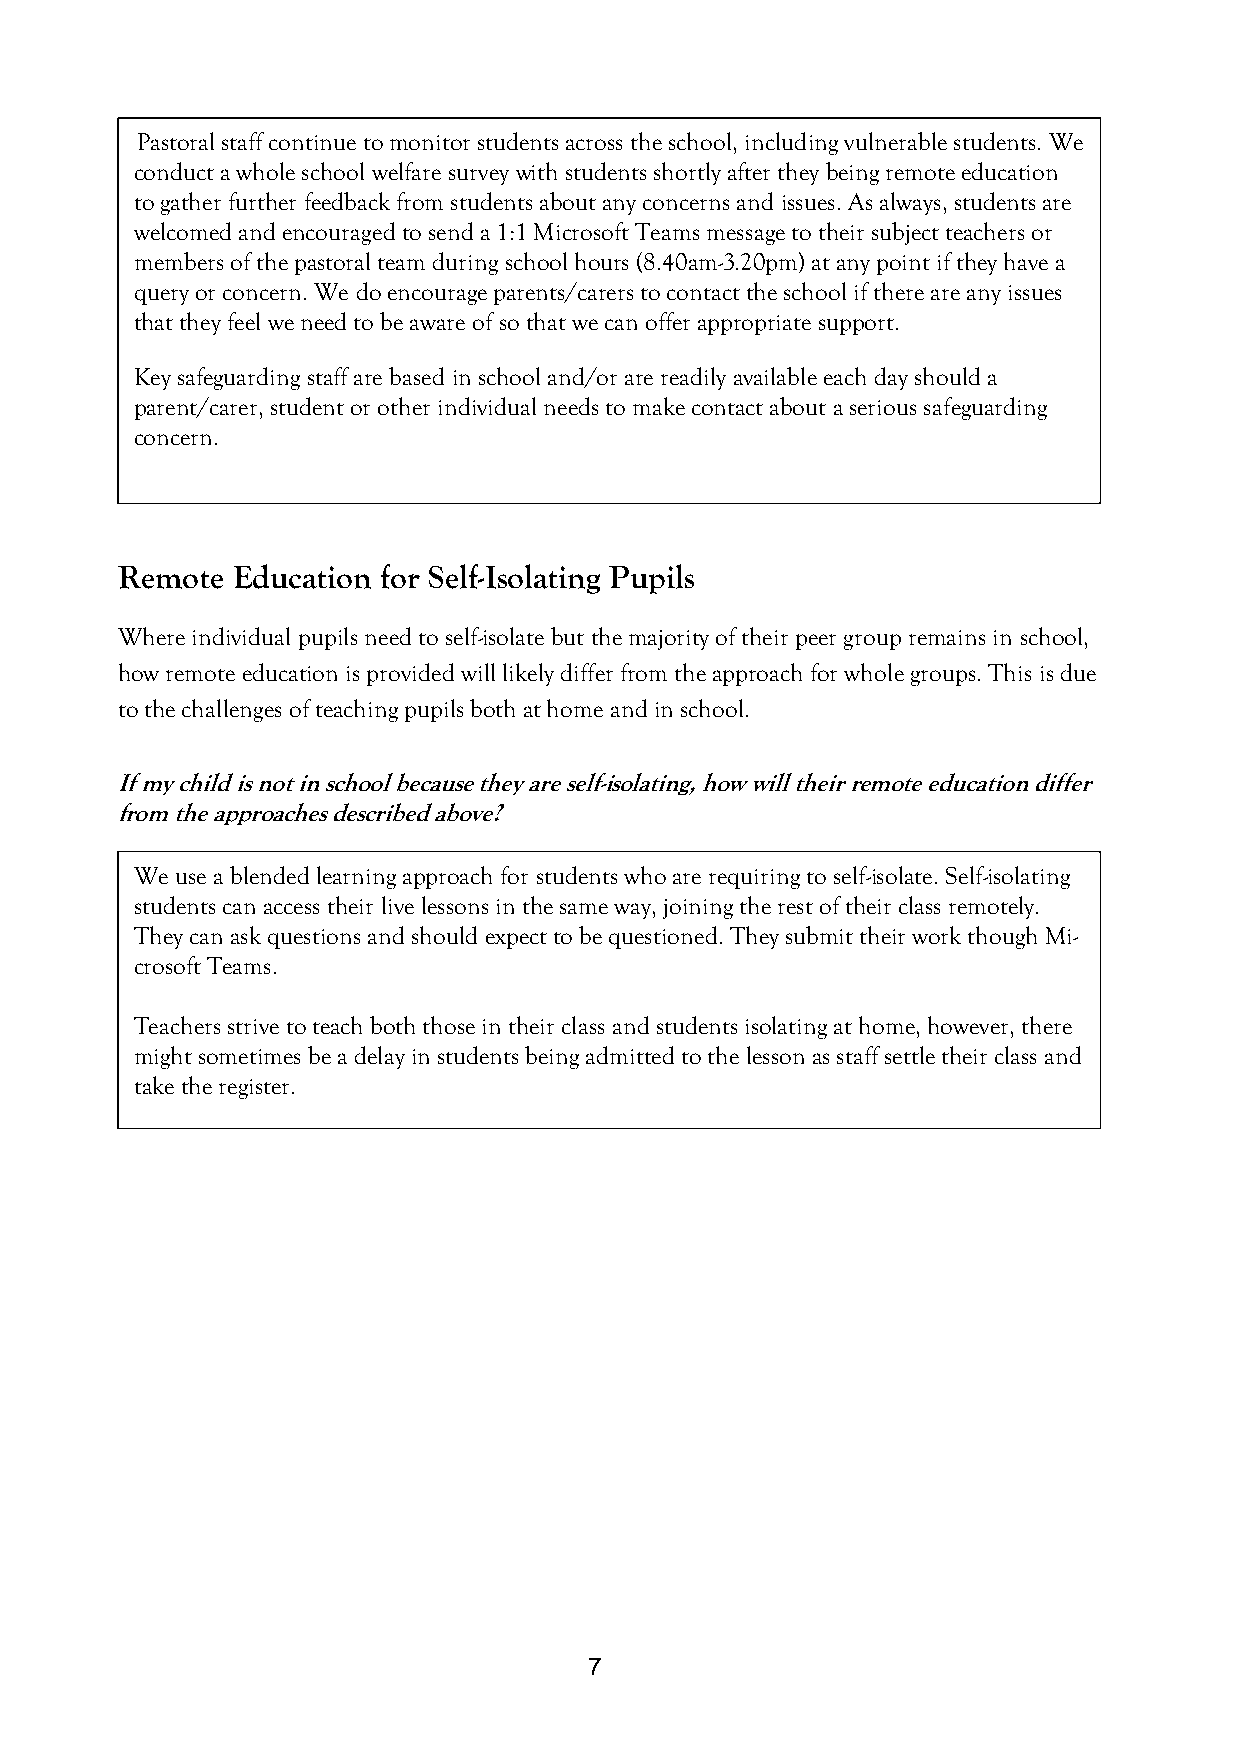
Pastoral staff continue to monitor students across the school, including vulnerable students. We
 conduct a whole school welfare survey with students shortly after they being remote education
 to gather further feedback from students about any concerns and issues. As always, students are
 welcomed and encouraged to send a 1:1 Microsoft Teams message to their subject teachers or
 members of the pastoral team during school hours (8.40am-3.20pm) at any point if they have a
 query or concern. We do encourage parents/carers to contact the school if there are any issues
 that they feel we need to be aware of so that we can offer appropriate support.
 Key safeguarding staff are based in school and/or are readily available each day should a
 parent/carer, student or other individual needs to make contact about a serious safeguarding
 concern.
 Remote Education for Self-Isolating Pupils
 Where individual pupils need to self-isolate but the majority of their peer group remains in school,
 how remote education is provided will likely differ from the approach for whole groups. This is due
 to the challenges of teaching pupils both at home and in school.
 If my child is not in school because they are self-isolating, how will their remote education differ
 from the approaches described above?
 We use a blended learning approach for students who are requiring to self-isolate. Self-isolating
 students can access their live lessons in the same way, joining the rest of their class remotely.
 They can ask questions and should expect to be questioned. They submit their work though Mi-
 crosoft Teams.
 Teachers strive to teach both those in their class and students isolating at home, however, there
 might sometimes be a delay in students being admitted to the lesson as staff settle their class and
 take the register.
 7